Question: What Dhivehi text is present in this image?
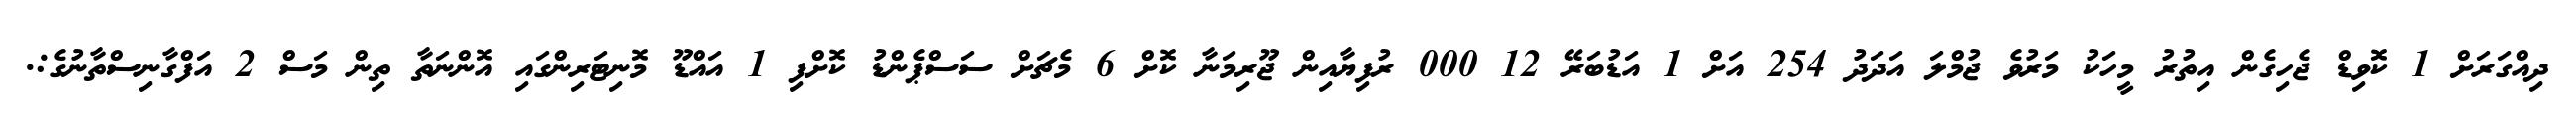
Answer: ދިއްގަރަށް 1 ކޮވިޑް ޖެހިގެން އިތުރު މީހަކު މަރުވެ ޖުމްލަ އަދަދު 254 އަށް 1 އަޑުބަރޭ 12 000 ރުފިޔާއިން ޖޫރިމަނާ ކޮށް 6 މެޗަށް ސަސްޕެންޑު ކޮށްފި 1 އައްޑޫ މޮނިޓަރިންގައި އޮންނަތާ ތިން މަސް 2 އަފްގާނިސްތާނުގެ:.